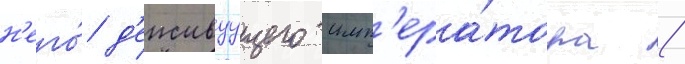
н'его́ д'еиствуущего имп'ера́тора /